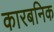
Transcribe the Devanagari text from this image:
कारबनिक